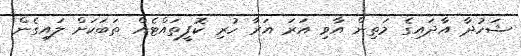
ޝަހުދާ އާދައިގެ މަތިން އާވި އަރަ އަރާ ހުރި ކޮފީތައްޓެއް ތަބަކަށް ލައިގެން